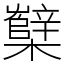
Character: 櫱